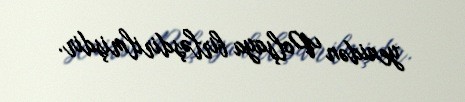
yenidən Polşaya birləşdirilmişdir.